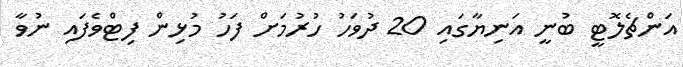
އަންޗެލޮޓީ ބުނީ އަނިޔާގައި 20 ދުވަހު ހުރުމަށް ފަހު މުޅިން ފިޓްވެފައި ނުވާ